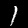
Label: 1